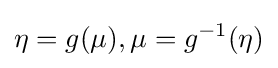
\eta =g(\mu ),\mu =g^{-1}(\eta )